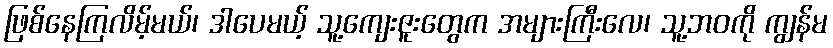
ဖြစ်နေကြလိမ့်မယ်၊ ဒါပေမယ့် သူ့ကျေးဇူးတွေက အများကြီးလေ၊ သူ့ဘဝကို ကျွန်မ